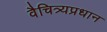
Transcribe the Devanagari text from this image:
वैचित्र्यप्रधान